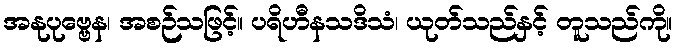
အနုပုဗ္ဗေန၊ အစဉ်သဖြင့်။ ပရိဟီနသဒိသံ၊ ယုတ်သည်နှင့် တူသည်ကို။